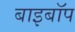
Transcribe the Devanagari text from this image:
बाइबॉप